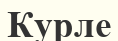
Курле